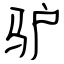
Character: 驴